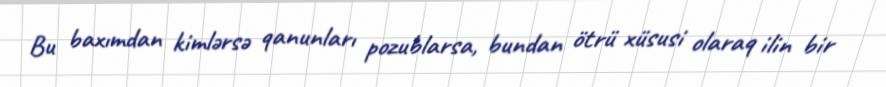
Bu baxımdan kimlərsə qanunları pozublarsa, bundan ötrü xüsusi olaraq ilin bir